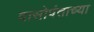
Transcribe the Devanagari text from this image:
दासोपंताच्या